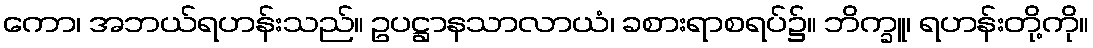
ကော၊ အဘယ်ရဟန်းသည်။ ဥပဋ္ဌာနသာလာယံ၊ ခစားရာစရပ်၌။ ဘိက္ခူ၊ ရဟန်းတို့ကို။